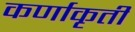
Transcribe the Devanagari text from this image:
कर्णाकृती